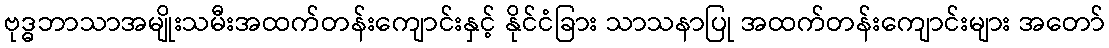
ဗုဒ္ဓဘာသာအမျိုးသမီးအထက်တန်းကျောင်းနှင့် နိုင်ငံခြား သာသနာပြု အထက်တန်းကျောင်းများ အတော်